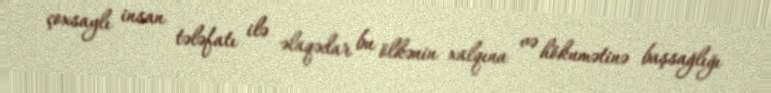
çoxsaylı insan tələfatı ilə əlaqədar bu ölkənin xalqına və hökumətinə başsağlığı